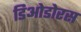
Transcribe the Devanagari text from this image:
डिओडोरस